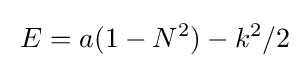
{\frac {}{}}E=a(1-N^{2})-k^{2}/2